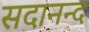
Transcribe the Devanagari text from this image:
सदानन्‍द